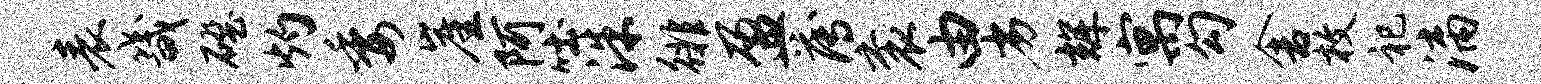
表畿磴灼委崖阿吐洙徘盈薄衮由劣辉寓勾舍枚祀漓